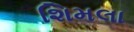
શિમલા